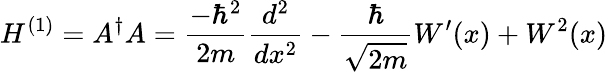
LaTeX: H^{(1)}=A^{\dagger}A={\frac{-\hbar^{2}}{2m}}{\frac{d^{2}}{dx^{2}}}-{\frac{\hbar}{\sqrt{2m}}}W^{\prime}(x)+W^{2}(x)